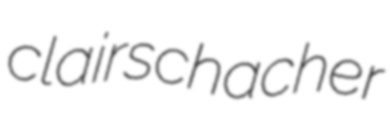
clairschacher